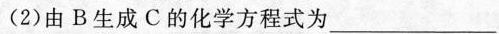
(2)由B生成C的化学方程式为___